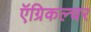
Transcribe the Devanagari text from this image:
ऍग्रिकल्चर